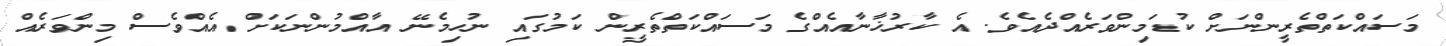
މަސައްކަތްތެރީންނަށް ކުޑަމިންވަރެއްދެއެވެ. އެ ކާރުޚާނާއެއްގެ މަސައްކަތްތެރީން ކަމުގައި ނުހިމެނޭ އާއްމުންނަކަށް އެއްވެސް މިންވަރެއް